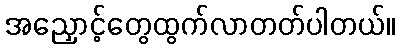
အညှောင့်တွေထွက်လာတတ်ပါတယ်။